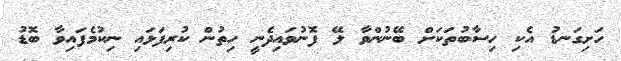
ހަށިގަނޑު އެކި ހިސާބުތަކަށް ބޭނުންވާ ލޭ ފޮނުވައިދެނީ ހިތުން ކުރިފަޅައި ނިކުމެފައިވާ ބޮޑު